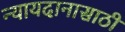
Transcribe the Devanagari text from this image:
न्यायदानासाठी